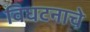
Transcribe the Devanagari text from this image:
विघटनाचे